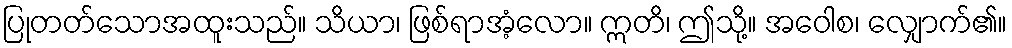
ပြုတတ်သောအထူးသည်။ သိယာ၊ ဖြစ်ရာအံ့လော။ ဣတိ၊ ဤသို့။ အဝေါစ၊ လျှောက်၏။